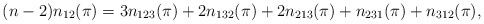
\begin{align*} (n-2) n_{12}(\pi)=3n_{123}(\pi)+ 2n_{132}(\pi)+ 2n_{213}(\pi)+n_{231}(\pi)+n_{312}(\pi),\end{align*}